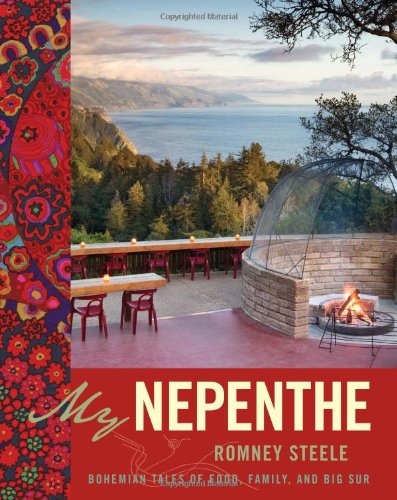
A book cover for My Nepenthe: Bohemian Tales of Food, Family, and Big Sur; Romney Steele; Cookbooks, Food & Wine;